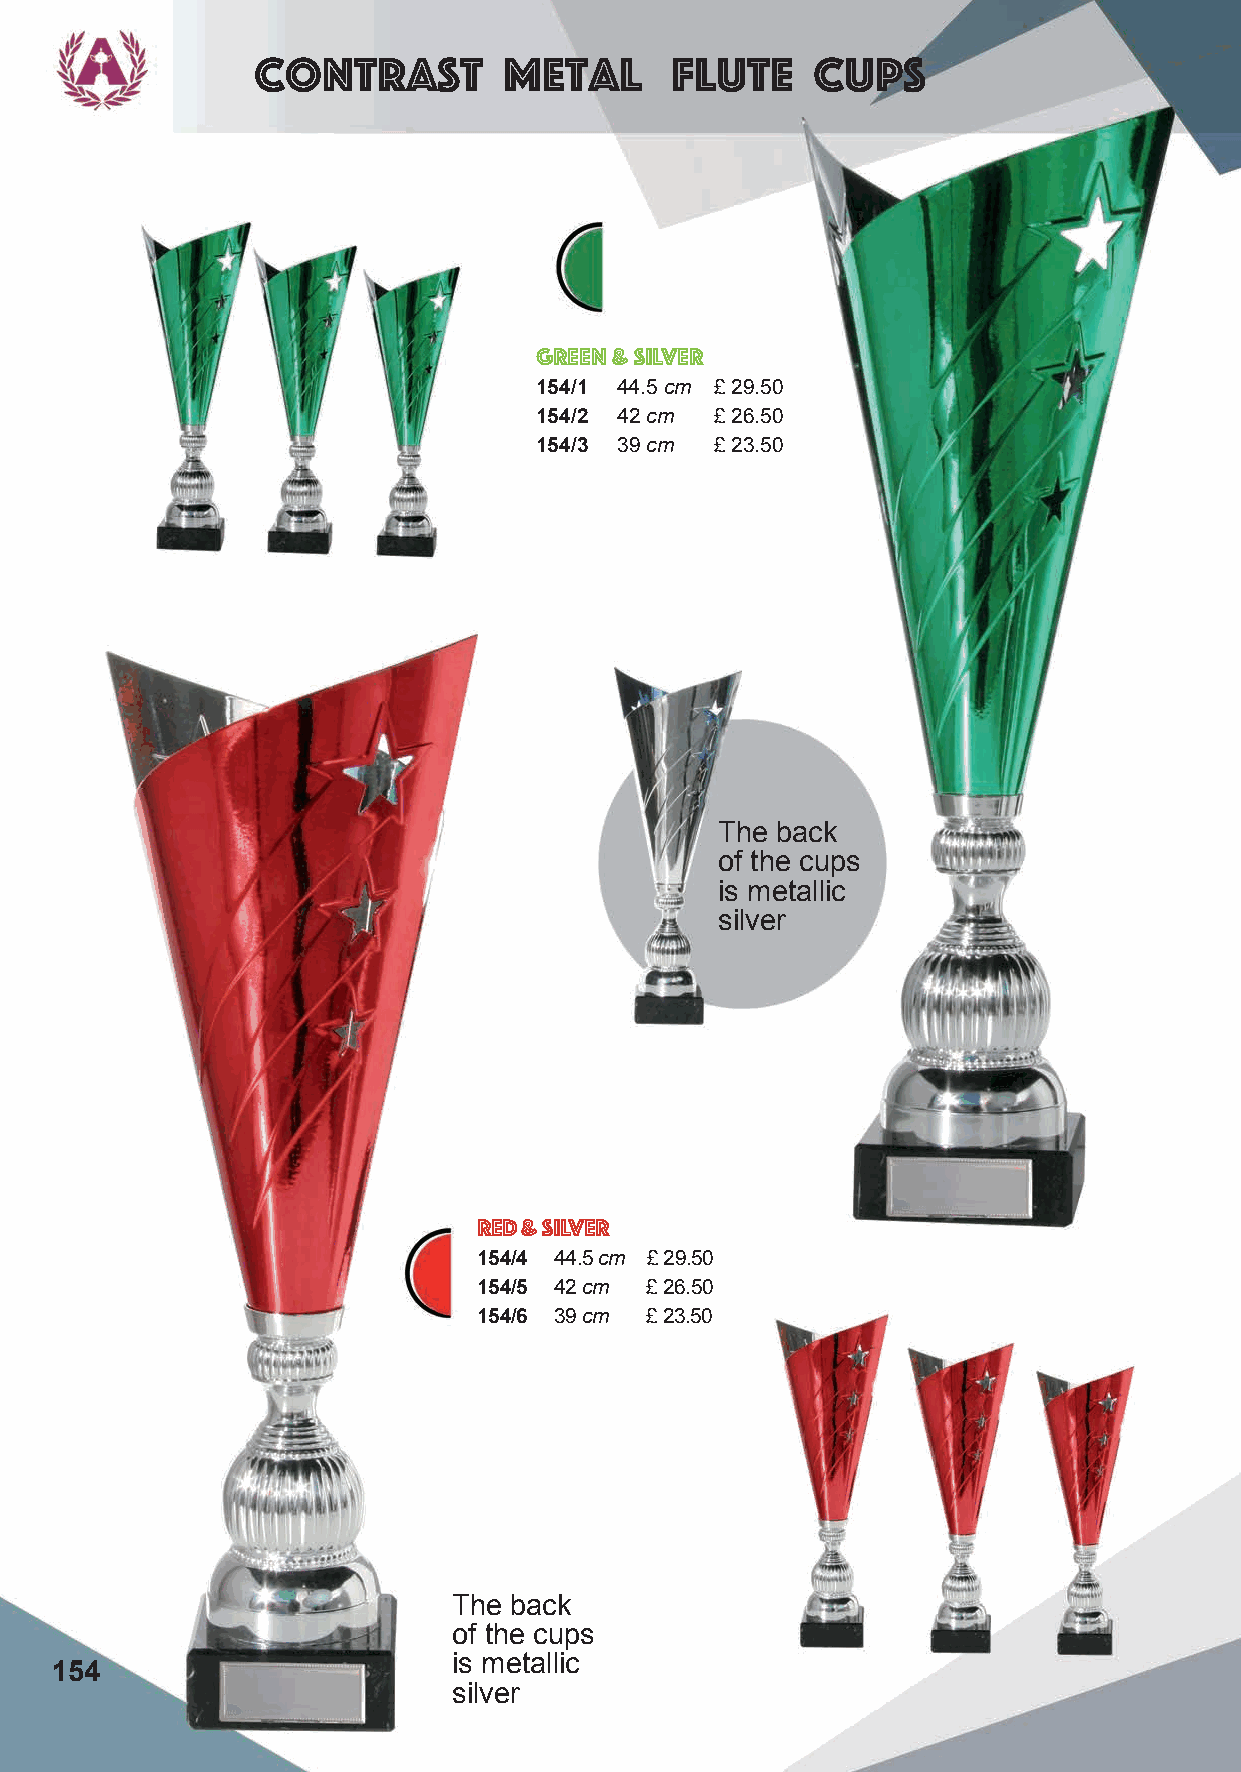
Contrast        Metal      Flute     Cups
 Green & Silver
 154/1 44.5 cm £ 29.50
 154/2 42 cm £ 26.50
 154/3 39 cm £ 23.50
 The back
 of the cups
 is metallic
 silver
 Red & Silver
 154/4 44.5 cm £ 29.50
 154/5 42 cm £ 26.50
 154/6 39 cm £ 23.50
 The back
 of the cups
 is metallic
 154
 silver